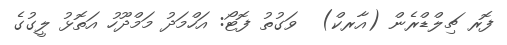
ފޮރ ޗިލްޑްރެން (އާރކް)  ވަގުތު ފޮޓޯ: އަހްމަދު މަމްދޫހު އަތޮޅު ލީގުގެ